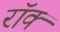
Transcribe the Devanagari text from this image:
रॉक्‍